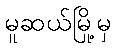
မူဆယ်မြို့မှ